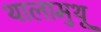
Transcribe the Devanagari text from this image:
थालामुथू